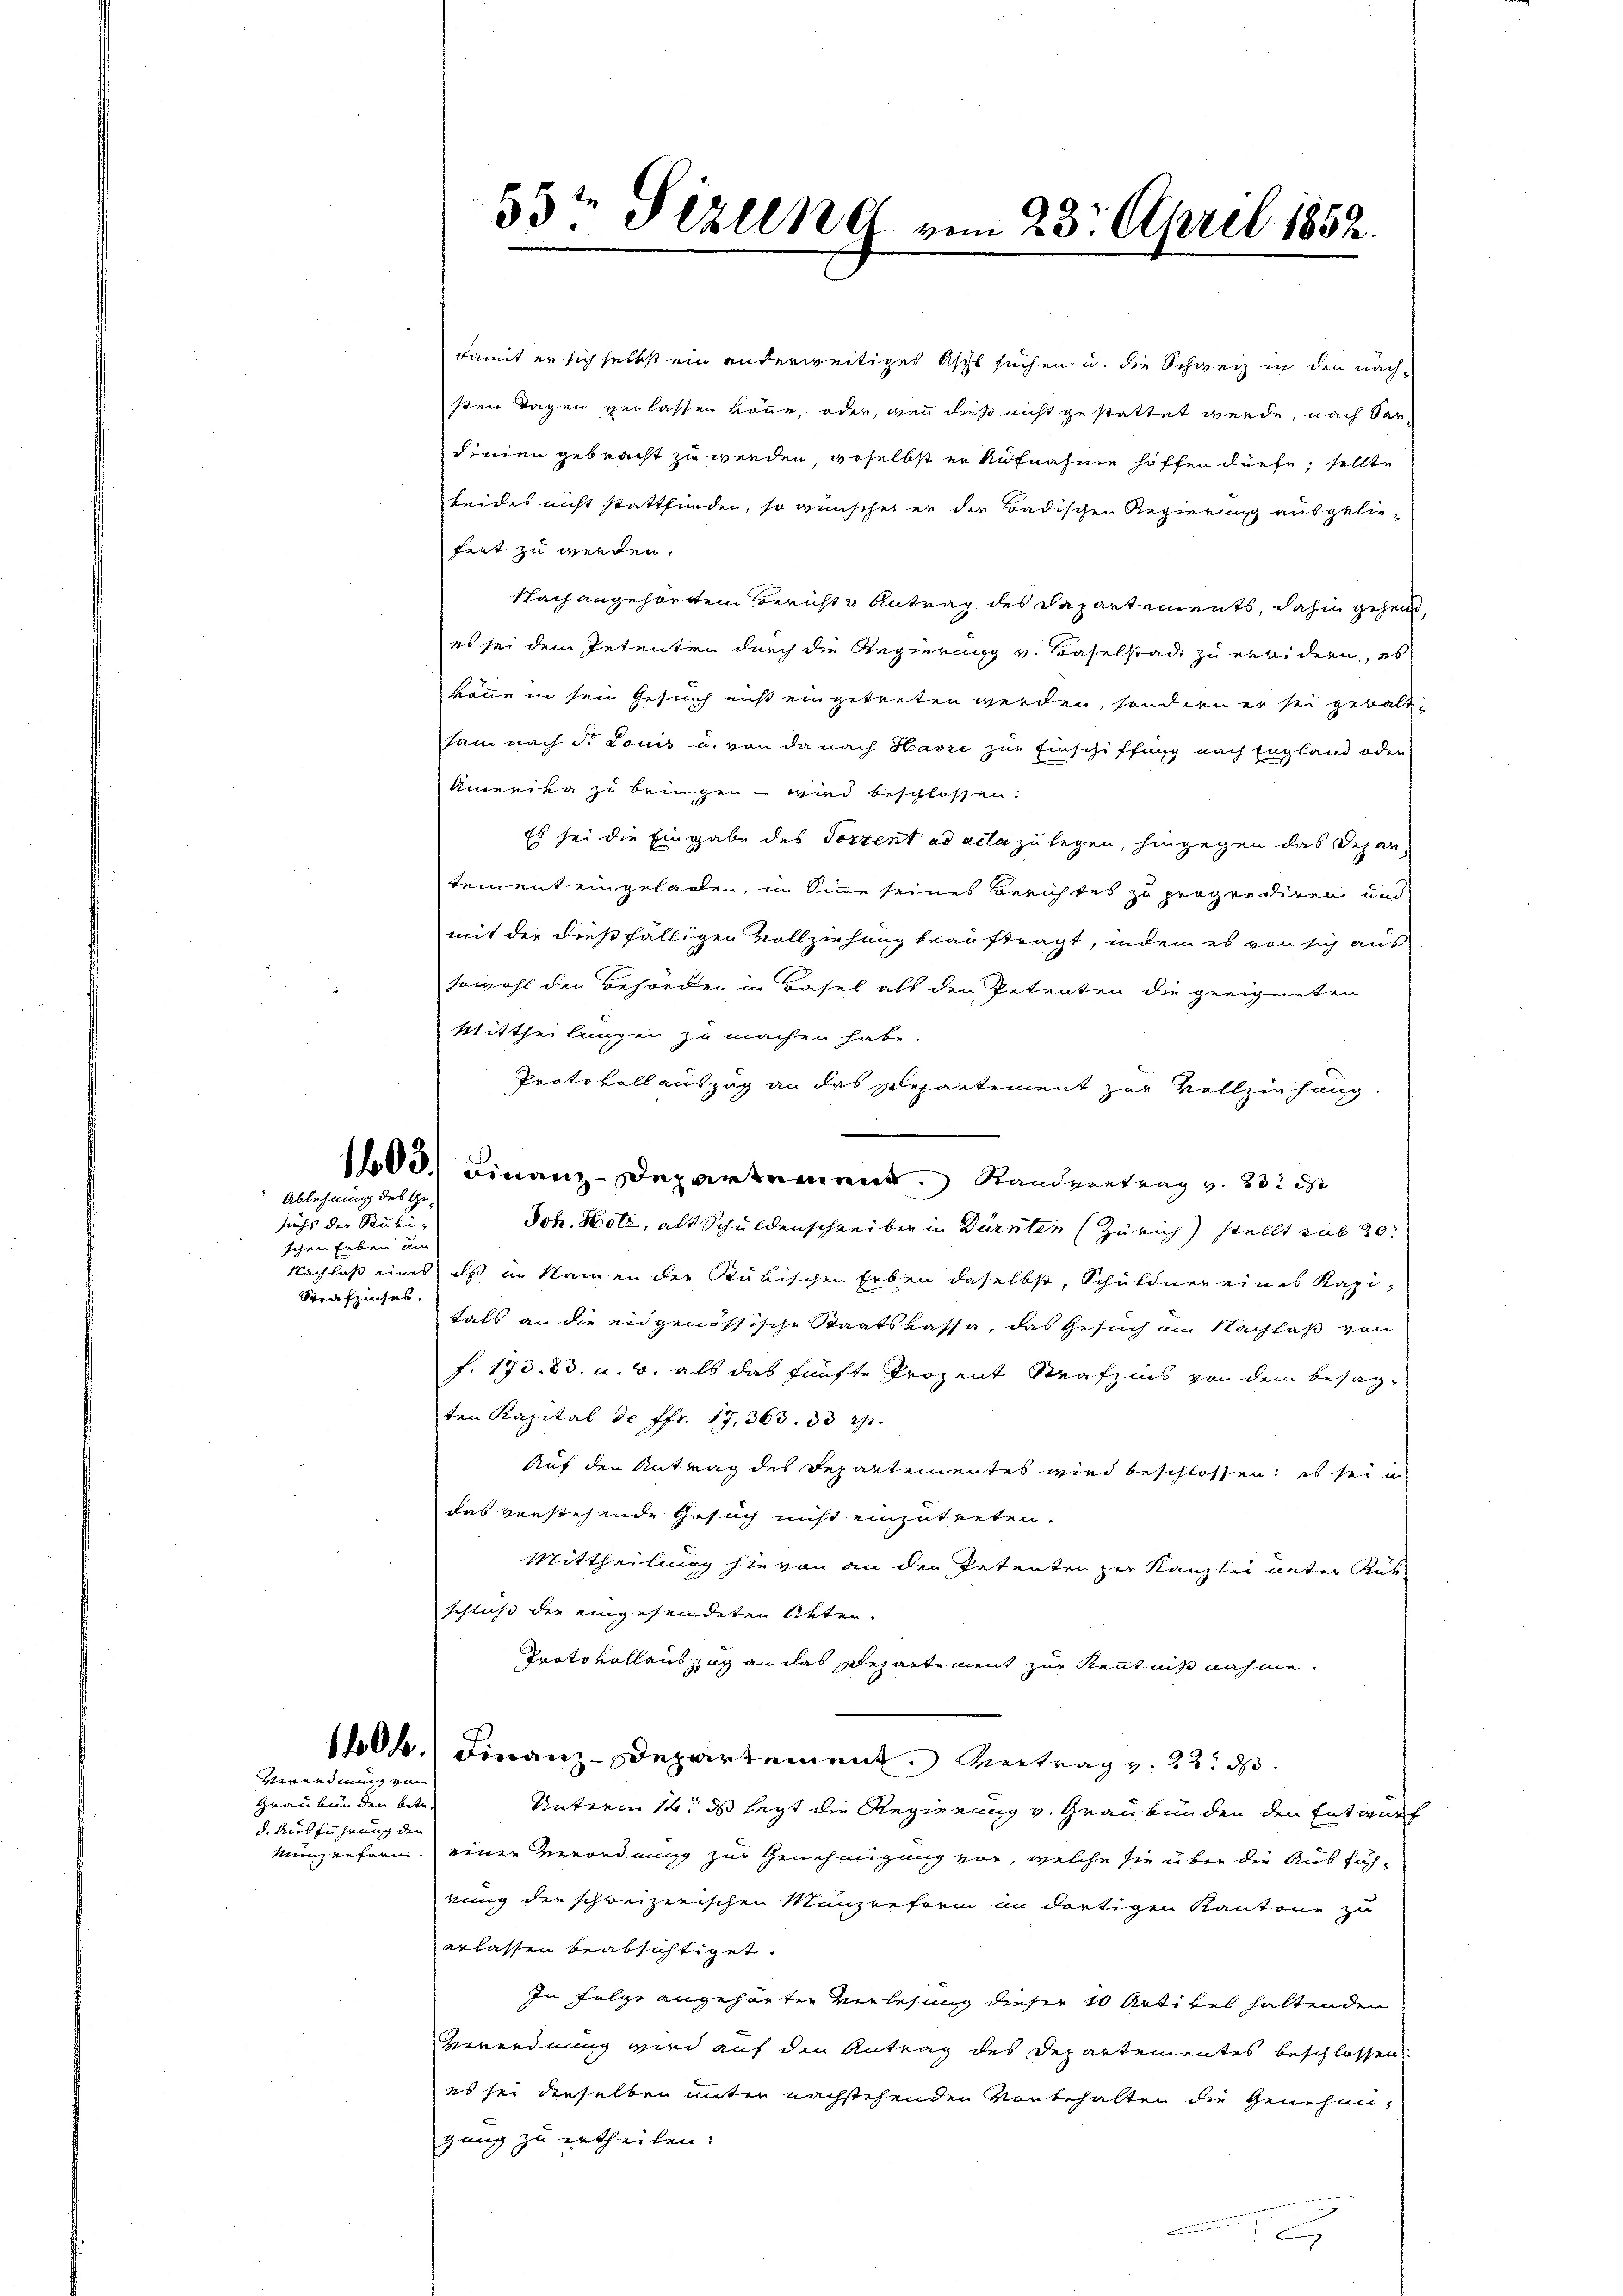
Ablehnung des Ge¬

suchs der Stuki-
schen Erben am
Strafzinses.

Verordnung von

Graubünden betr
d. Ausführung der
kunzreform.

53t Sezung vom 23. April 1852.

damit er sich selbst ein anderweitiges Asyl suchen u. die Schweiz in den nachsten Tagen verlassen könne, oder, wenn dies nicht gestattet werde, nach Sardinien gebracht zu werden, woselbst er Aufnahme hoffen dürfe, sollte
beides nicht stattfinden, so wünsche er der Badischen Regierung ausgeliefeet zu werden.
Nach angehörtem Bericht & Antrag des Dapartements, dahin gehend
es sei dem Petenten durch die Regierung v. Baselstade zu erwidern, es
könne in sein Gesuch nicht eingetreten werden, sondern er sei gebaldsam nach St. Louis u. von da nach Havre zur Einschiffung nach England oder
Amerien zu bringen – wird beschlossen:
Es sei die Eingabe des Tortent ad acta zu legen, hingegen das Departement eingeladen, in Sinne seines Berichtes zu proprediren, und
mit der dießfälligen Vollziehung beauftragt, indem es von sich aus
sowohl den Behörden in Basel als den Petenten die geeigneten
Mittheilungen zu machen habe.
Protokoll auszug an das Separtement zur Vollziehung.
103) Finanz-Departement. Randvertrag v. 231 d
Joh. Holz, als Schuldenschreiber in Dürnten (Zürich) stellt sub 30
Nachlaß eines als in Namen der Rükischen Erben daselbst, Schuldner eines Kapitals an die eidgenössische Staatskassa, das Gesuch am Nachlaß von
f. 170. 83. a. 0. als das fünfte Prozent Strafz ins von dem besagten Kapital de ffr. 17, 363. 30 rp.
Auf den Antrag des Departementes wird beschlossen, es sei i
das vorstehende Gesuch nicht einzutreten.
Mittheilung hievon an den Petenten zur Kanzlei unter Rük
schluß der eingesendeten Akten.
Protokollauszug an das Repartement zur Kenntniß nahme.
10 b.) Finanz-Departement. Vertrag v. 23. d.
Unterm 14. ds legt die Regierung v. Graubünden den Entwurf
einer Verordnung zur Genehmigung vor, welche sie über die Ausfüh-
rung die schweizerischen Manzenform in dortigen Kantone zu
erlassen beabsichtiget.
In Folge angehörten Verlesung dieser 10 Artikel haltenden
Verordnung wird auf den Antrag des Departementes beschlossen
es sei derselben unter nachstehenden Vorbehalten die Genehmigang zu ertheilen: